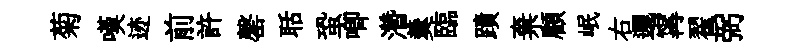
菊嘆迹前許罄聒蛩唧濳羹臨蹟棄顧岷右邐𡩋翟弼